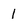
Character: 1